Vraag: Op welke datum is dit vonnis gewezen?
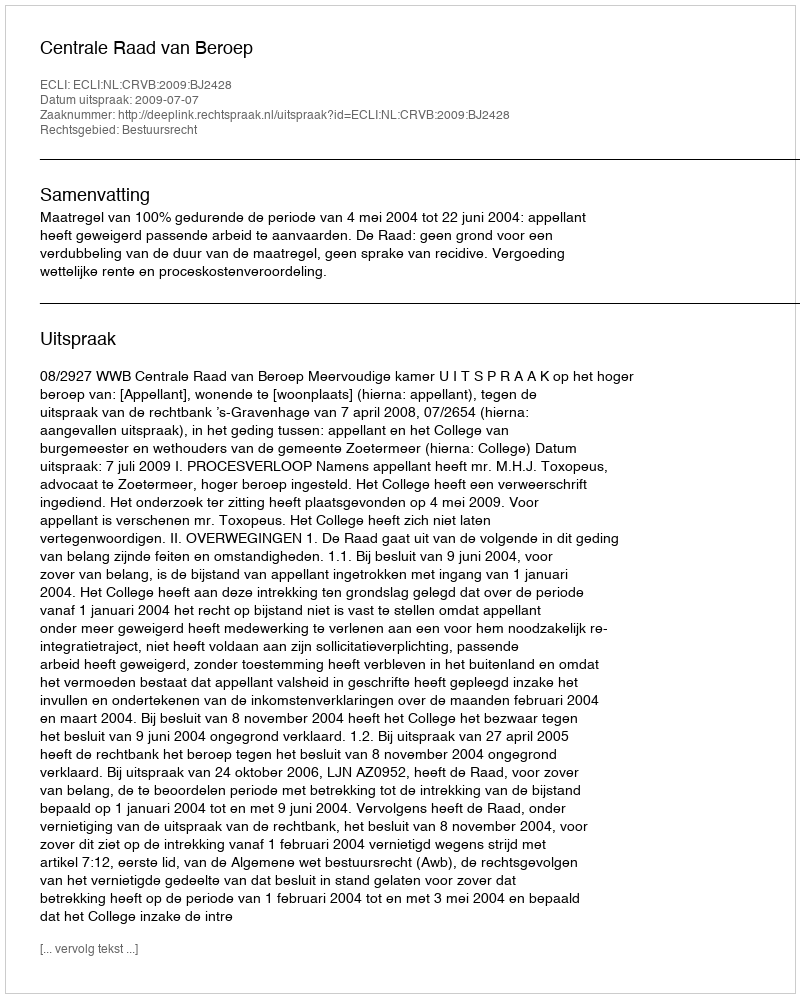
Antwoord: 2009-07-07